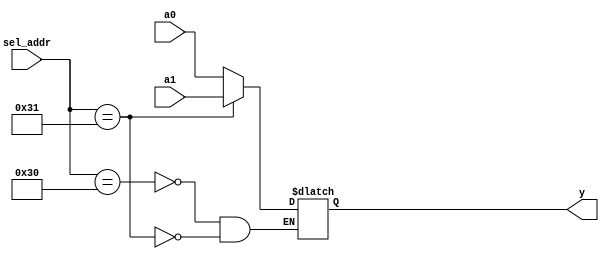
module io_input_mux(a0,a1,sel_addr,y);
	input [31:0] a0,a1;
	input [ 5:0] sel_addr;
	output [31:0] y;
	reg [31:0] y;

	always @ *
		case (sel_addr)
		6'b110000: y = a0;
		6'b110001: y = a1;
		// more ports
		endcase
endmodule